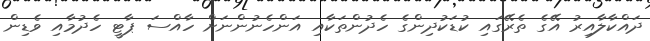
ދައްކާލާއިރު އޭގެ ތެރޭގައި ކުޑަކުދިންގެ ހެދުންތަކާއި އަންހެނުންނަށް ހާއްސަ ޕާޓީ ހެދުމާއި ވެޑިން